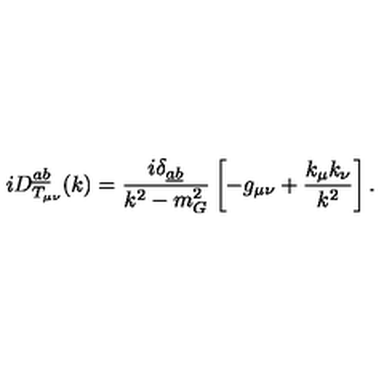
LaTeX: i D _ { T _ { \mu \nu } } ^ { \underline { { a } } \underline { { b } } } ( k ) = \frac { i \delta _ { \underline { { a } } \underline { { b } } } } { k ^ { 2 } - m _ { G } ^ { 2 } } \left[ - g _ { \mu \nu } + \frac { k _ { \mu } k _ { \nu } } { k ^ { 2 } } \right] .